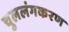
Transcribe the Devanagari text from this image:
चुललंगकरण